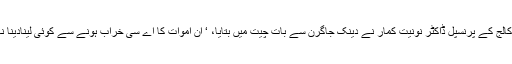
میڈیکل کالج کے پرنسپل ڈاکٹر نونیت کمار نے دینک جاگرن سے بات چیت میں بتایا، ‘ ان اموات کا اے سی خراب ہونے سے کوئی لینادینا نہیں ہے۔